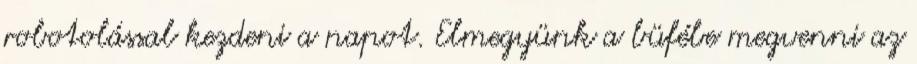
robotolással kezdeni a napot. Elmegyünk a büfébe megvenni az